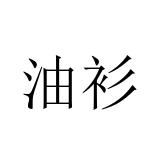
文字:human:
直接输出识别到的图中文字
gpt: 油衫